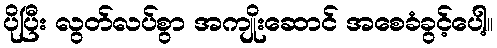
ပိုပြီး လွတ်လပ်စွာ အကျိုးဆောင် အစေခံခွင့်ပေါ့။